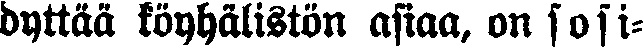
dyttää köyhälistön asiaa, on sosi-